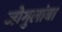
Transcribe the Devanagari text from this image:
जोगुलांबा